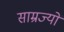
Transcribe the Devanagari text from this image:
साम्रज्यों